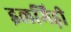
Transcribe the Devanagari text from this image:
इलमिड़ी